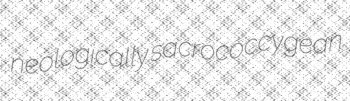
neologically sacrococcygean